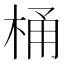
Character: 桶